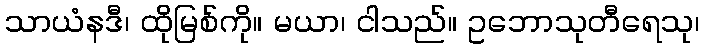
သာယံနဒီ၊ ထိုမြစ်ကို။ မယာ၊ ငါသည်။ ဥဘောသုတီရေသု၊